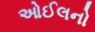
ઓઈલનો